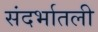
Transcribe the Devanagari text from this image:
संदर्भातली